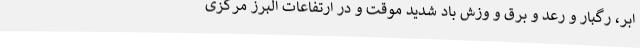
ابر، رگبار و رعد و برق و وزش باد شدید موقت و در ارتفاعات البرز مرکزی